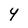
Character: Y